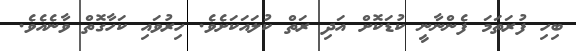
ބިހި ފުރަތަމަ ފެންނާނީ ކުޑަކޮށް އަދި ރަތް ކުލައަކަށެވެ. ހިރުވައި ކަހާގޮތް ވާނެއެވެ.